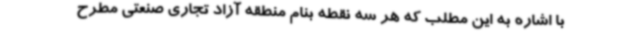
با اشاره به این مطلب که هر سه نقطه بنام منطقه آزاد تجاری صنعتی مطرح